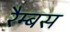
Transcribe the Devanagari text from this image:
रैम्बस